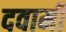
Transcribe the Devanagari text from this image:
दवामी